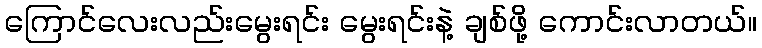
ကြောင်လေးလည်းမွေးရင်း မွေးရင်းနဲ့ ချစ်ဖို့ ကောင်းလာတယ်။